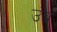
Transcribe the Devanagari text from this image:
उंब्र